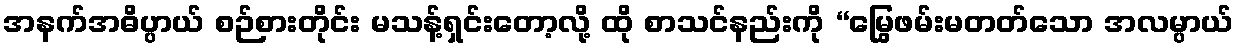
အနက်အဓိပ္ပာယ် စဉ်စားတိုင်း မသန့်ရှင်းတော့လို့ ထို စာသင်နည်းကို “မြွေဖမ်းမတတ်သော အလမ္ပာယ်